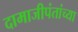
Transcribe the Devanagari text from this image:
दामाजीपंतांच्या